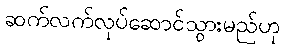
ဆက်လက်လုပ်ဆောင်သွားမည်ဟု